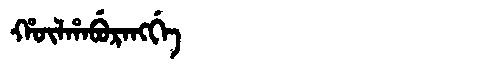
Manchu: ᡥᡡᠯᡥᠠᠪᡠᡵᠠᠩᡤᡝ
Romanization: HŪLHABURANGGE